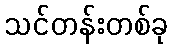
သင်တန်းတစ်ခု